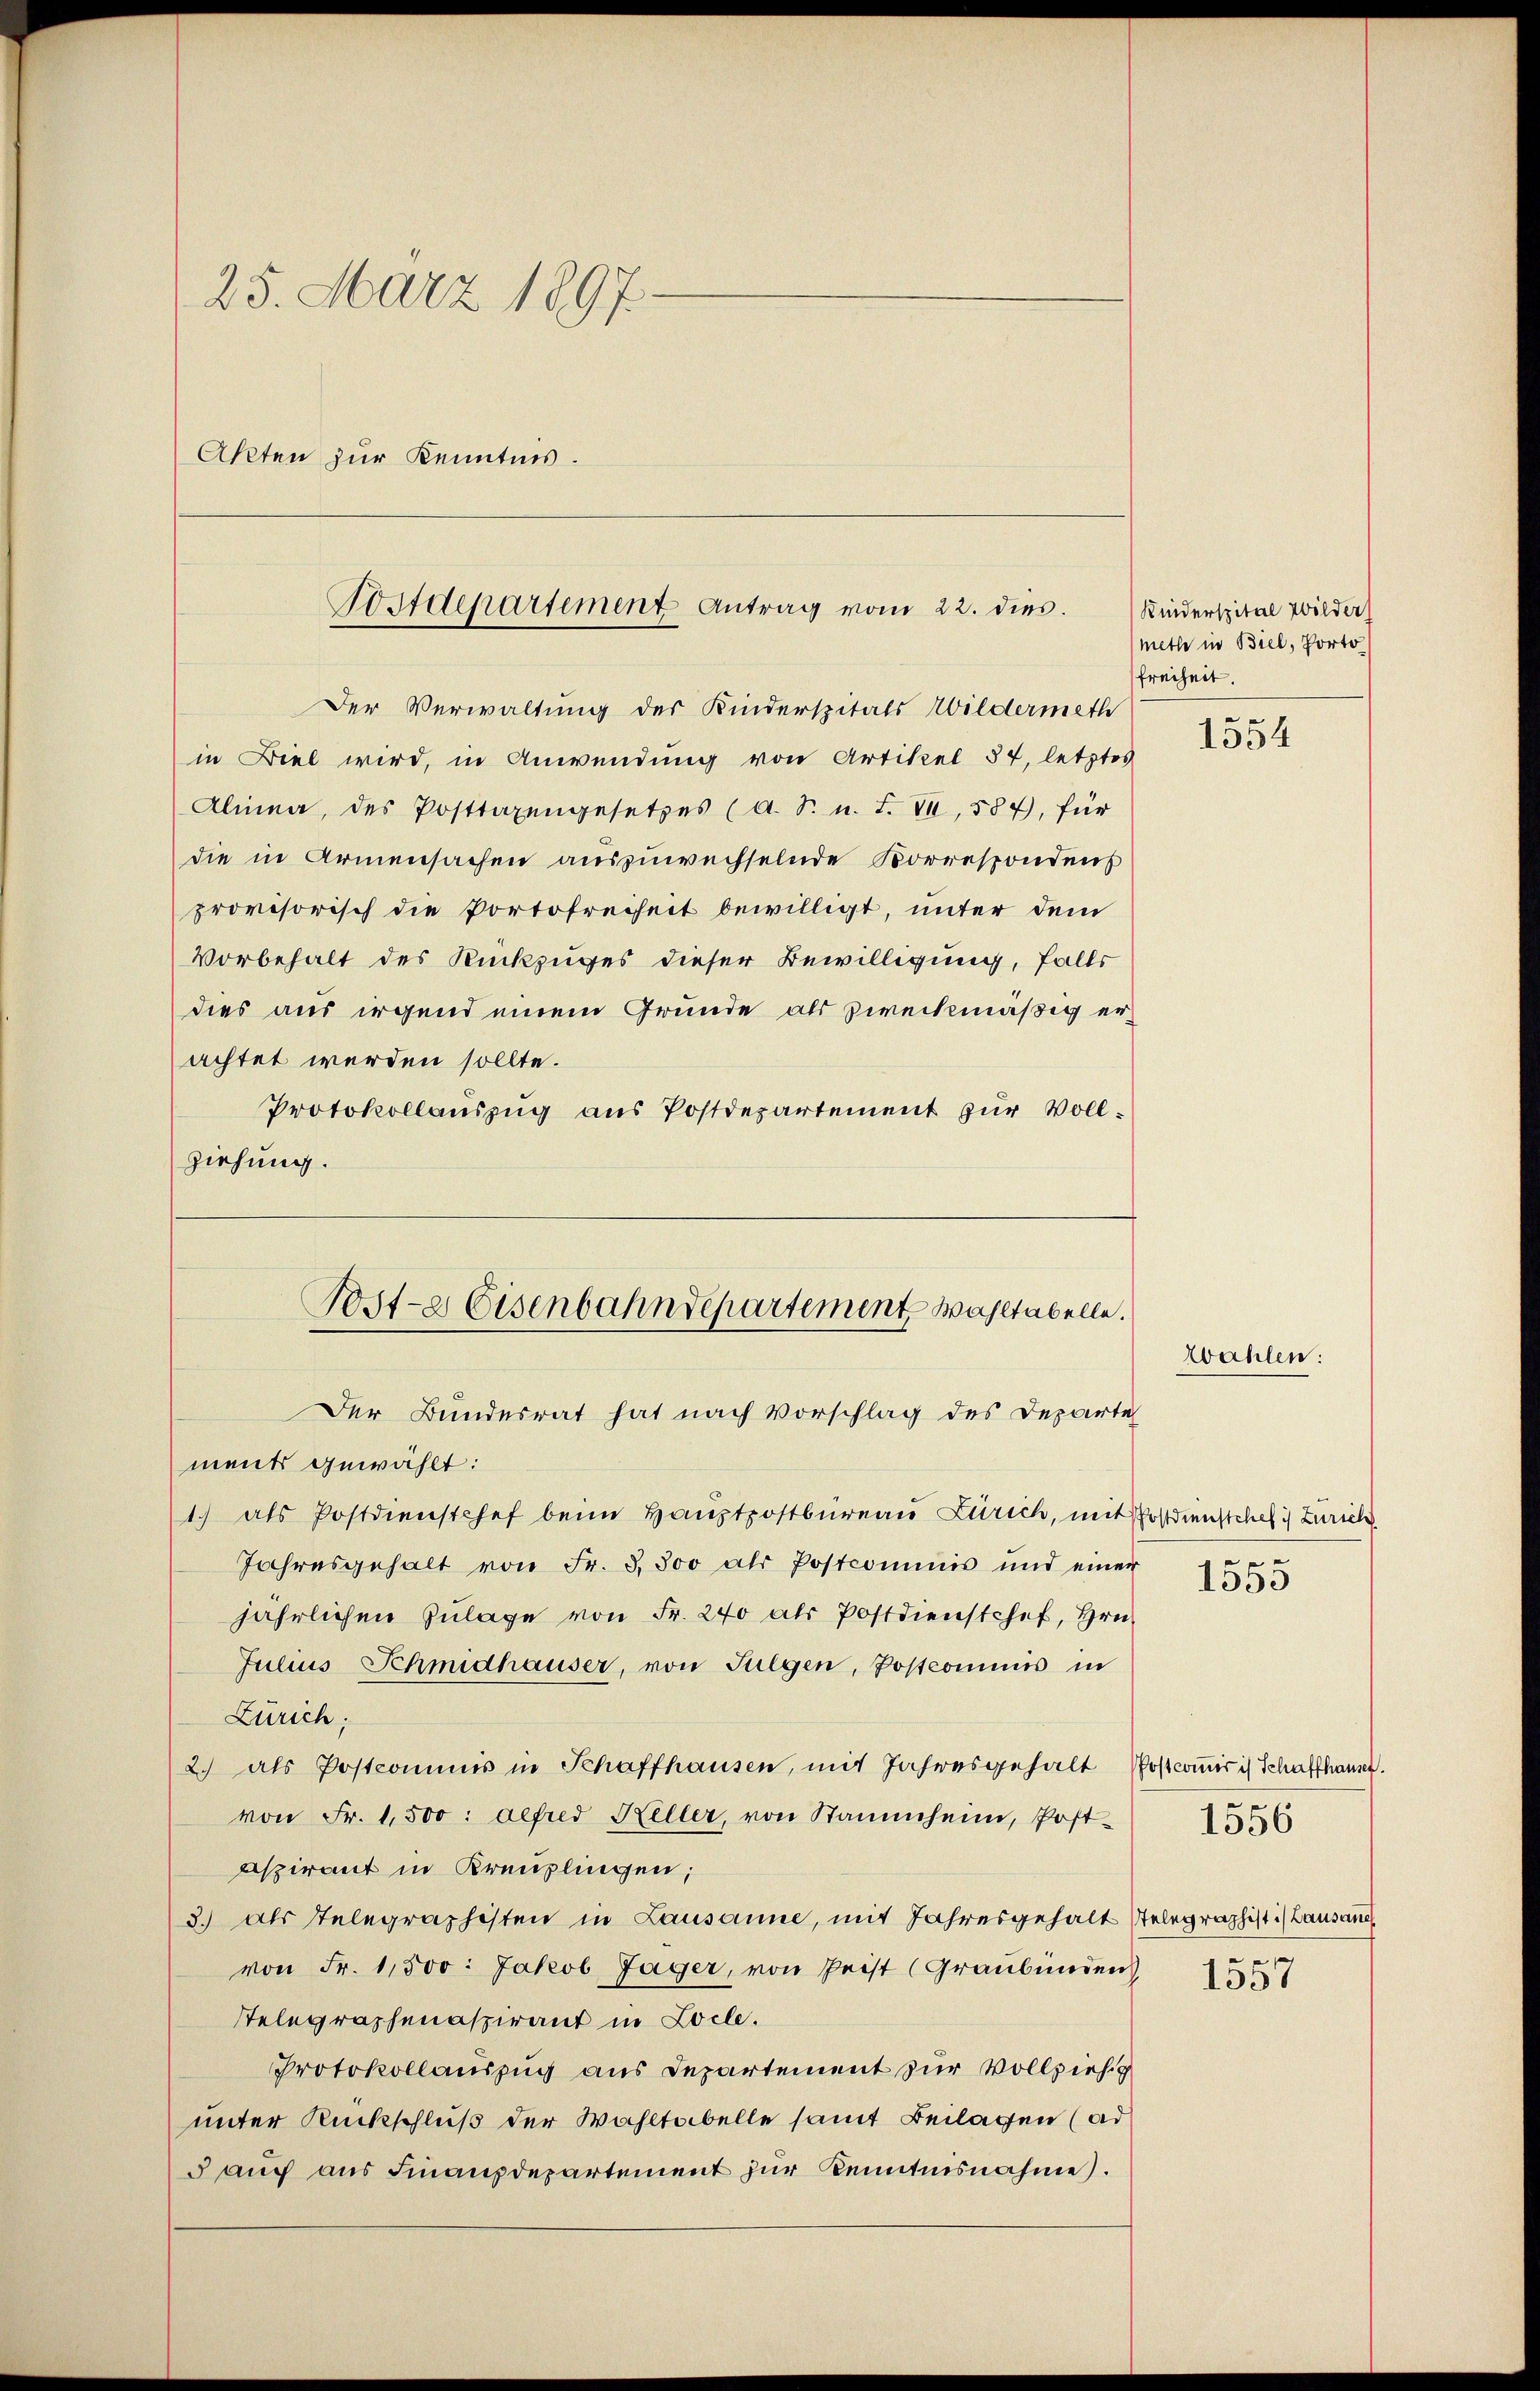
25. März 1897.
Akten zur Kenntnis.

Postdepartement Antrag vom 22. dies

Der Verwaltung der Kinderspitals Wildermeth
in Biel wird, in Anwendung von Artikel 57, letztes
Alinea, des Posttaxengesetzes (a. S. u. F. VI, 587, für
die in Armensachen auszuwechselnde Korrespondens
provisorisch die Portofreiheit bewilligt, unter dem
Vorbehalt des Rückzuges dieser Bewilligung, falls
dies aus irgend einem Grunde als zweckmäßig erachtet werden sollte.
Protokollauszug aus Postdepartement zur Vollziehung.

Der Bundesrat hat nach Vorschlag des Departe
ment gewählt:
1) als Postdienstchef beim Haŭptpostbüreau Zürich, mit Postdienstchef :) Zürich
Jahresgehalt von Fr. 3300 als Postcommis und einer
jährlichen Zulage von Fr. 240 als Postdienstchef, Hrn.
Julius Schmidhäuser, von Sulgen, Postcommis in
Zürich;
2) als Postcommis in Schaffhausen, mit Jahresgehalt Postcomir ist Schaffhaupt.
von Fr. 1,500: aefred Keller, von Stammheim, Post-
Aspirant in Kreuzlingen;
3.) als Telegraphisten in Lausanne, mit Jahresgehalt stelegraphist:/ Lausane
von Fr. 1,500. Jakob Jäger, von Peist (Graubünden
Telegraphenaspirant in Locle.
Protokollauszug aus Departement zur Vollzieh
unter Rückschluß der Wahltabelle samt Beilagen (ad
 auch aus Finanzdepartement zur Kenntnisnahme.

Post-a Eisenbahndepartement wahltabelle.

Kinderspital Wilder
meth in Biel, Porto
freiheit.

1554

wahlen:

1555

1556

1557